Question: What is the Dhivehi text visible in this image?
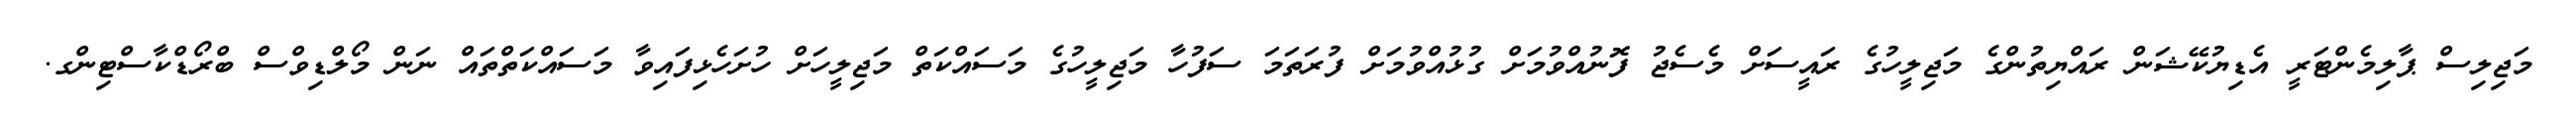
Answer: މަޖިލިސް ޕާލިމެންޓަރީ އެޑިޔުކޭޝަން ރައްޔިތުންގެ މަޖިލީހުގެ ރައީސަށް މެސެޖު ފޮނުއްވުމަށް ގުޅުއްވުމަށް ފުރަތަމަ ސަފުހާ މަޖިލީހުގެ މަސައްކަތް މަޖިލީހަށް ހުށަހެޅިފައިވާ މަސައްކަތްތައް ނަން މޯލްޑިވްސް ބްރޯޑްކާސްޓިންގ.